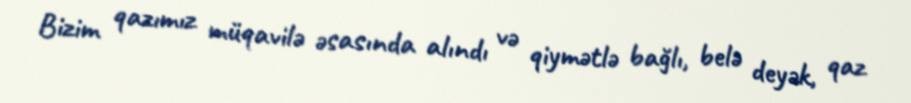
Bizim qazımız müqavilə əsasında alındı və qiymətlə bağlı, belə deyək, qaz